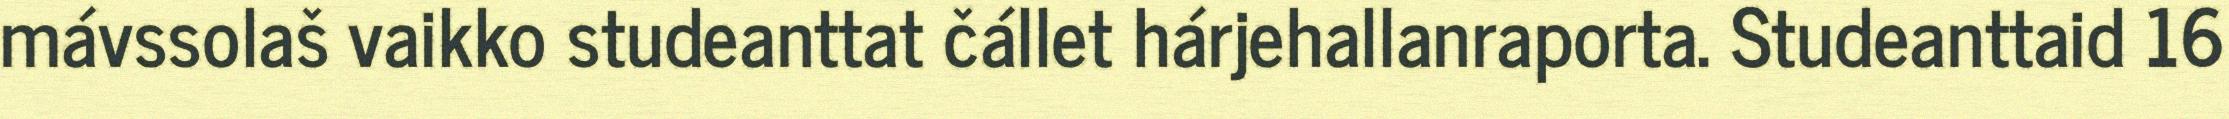
mávssolaš vaikko studeanttat čállet hárjehallanraporta. Studeanttaid 16